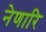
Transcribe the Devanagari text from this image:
नेणारि